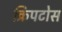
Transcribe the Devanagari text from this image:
क्रिपटोस